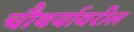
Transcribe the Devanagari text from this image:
चौथर्यावरील